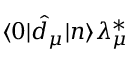
\langle 0 | \hat { d } _ { \mu } | n \rangle \lambda _ { \mu } ^ { * }